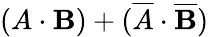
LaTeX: (A\cdot\mathbf{B})+({\overline{{{A}}}}\cdot{\overline{{{\mathbf{B}}}}})